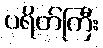
ပရိတ်ကြီး